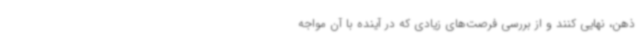
ذهن، نهایی کنند و از بررسی فرصت‌های زیادی که در آینده با آن مواجه